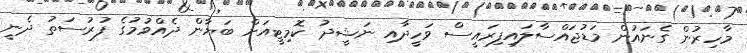
މާހިރުން ގެނައުން މަޑުޖައްސާލައިފިރައީސް ވަހީދާއި ނަޝީދު ކޮމިޓީއަށް ބަޔާން ދެއްވުމުގެ ފުރުސަތު ދެނީ